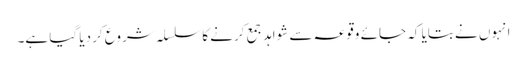
انہوں نے بتایا کہ جائے وقوعہ سے شواہد جمع کرنے کا سلسلہ شروع کر دیا گیا ہے۔